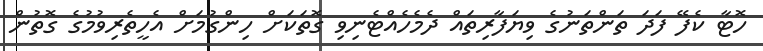
ހޮޓާ ކެފޭ ފަދަ ތަންތަނުގެ ވިޔަފާރިތައް ދެމެހެއްޓެނިވި ގޮތަކަށް ހިންގުމަށް އެހީތެރިވުމުގެ ގޮތުން